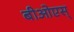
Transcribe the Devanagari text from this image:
बीओएस्